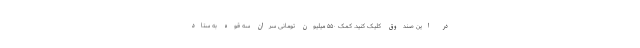
در این صندوق کلیک کنید. کمک ۵۵۰ میلیون تومانی سران سه قوه به ستاد